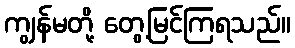
ကျွန်မတို့ တွေ့မြင်ကြရသည်။